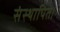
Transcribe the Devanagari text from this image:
संस्थापित।